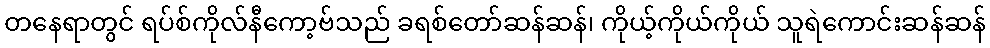
တနေရာတွင် ရပ်စ်ကိုလ်နီကော့ဗ်သည် ခရစ်တော်ဆန်ဆန်၊ ကိုယ့်ကိုယ်ကိုယ် သူရဲကောင်းဆန်ဆန်